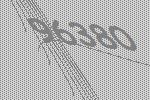
96380